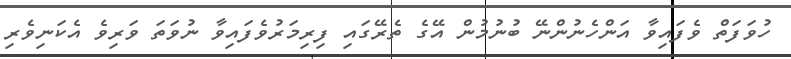
ހުވަފަތް ވެފައިވާ އަންހެނުންނޭ ބުނުމުން އޭގެ ތެރޭގައި ފިރިމަރުވެފައިވާ ނުވަތަ ވަރިވެ އެކަނިވެރި